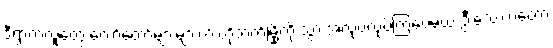
ဒီရွာကလူတွေ တော်တော်များများက ဟိုဘက်မြို့ကို သွားအလုပ်လုပ်ကြပေမယ့် ဦးလေးကတော့